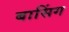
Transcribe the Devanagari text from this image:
बासिंग